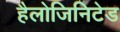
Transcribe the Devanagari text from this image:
हैलोजिनिटेड